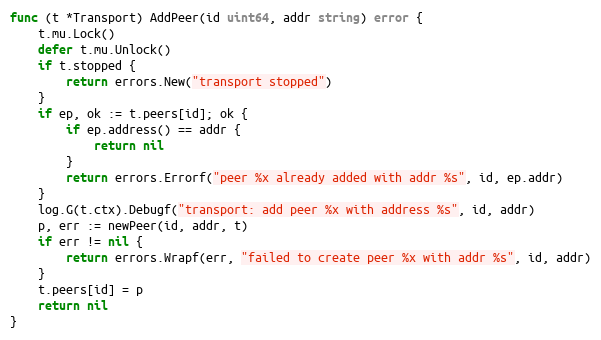
Language: Go
func (t *Transport) AddPeer(id uint64, addr string) error {
	t.mu.Lock()
	defer t.mu.Unlock()
	if t.stopped {
		return errors.New("transport stopped")
	}
	if ep, ok := t.peers[id]; ok {
		if ep.address() == addr {
			return nil
		}
		return errors.Errorf("peer %x already added with addr %s", id, ep.addr)
	}
	log.G(t.ctx).Debugf("transport: add peer %x with address %s", id, addr)
	p, err := newPeer(id, addr, t)
	if err != nil {
		return errors.Wrapf(err, "failed to create peer %x with addr %s", id, addr)
	}
	t.peers[id] = p
	return nil
}